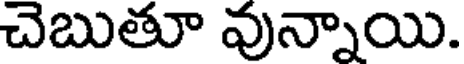
చెబుతూ వున్నాయి.